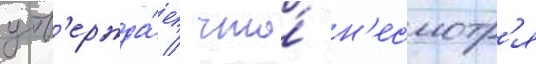
утв'ержда́ет / что́ н'есмотр'я